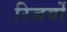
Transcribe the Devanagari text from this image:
रिजर्वो